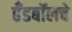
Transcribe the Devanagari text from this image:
हँडबॉलचे